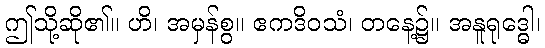
ဤသို့ဆို၏။ ဟိ၊ အမှန်စွ။ ဧကဒိဝသံ၊ တနေ့၌။ အနူရုဒ္ဓေါ၊